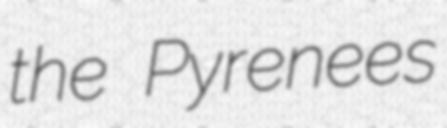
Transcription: the Pyrenees